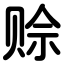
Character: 赊